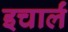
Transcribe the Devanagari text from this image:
इचार्लं